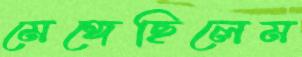
মেঙ্গেছিলেম